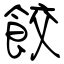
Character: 餃